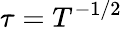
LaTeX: \tau=T^{-1/2}